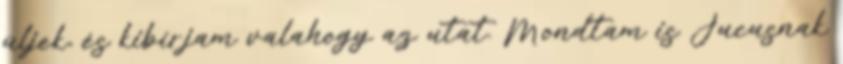
üljek, és kibírjam valahogy az utat. Mondtam is Jucusnak